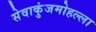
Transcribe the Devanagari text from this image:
सेवाकुंजमोहल्ला